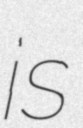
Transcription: is